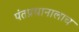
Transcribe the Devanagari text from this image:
पंतप्रधानालाच